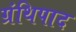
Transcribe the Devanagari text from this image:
ग्रंथिपाद